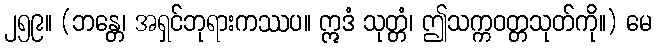
၂၅၉။ (ဘန္တေ၊ အရှင်ဘုရားကဿပ။ ဣဒံ သုတ္တံ၊ ဤသက္ကဝတ္တသုတ်ကို။) မေ